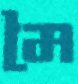
মৈ